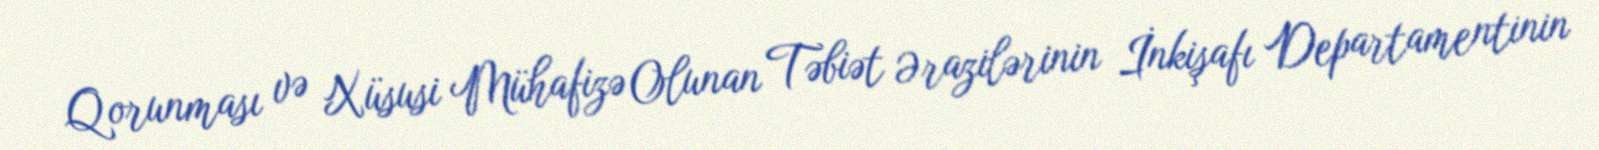
Qorunması və Xüsusi Mühafizə Olunan Təbiət Ərazilərinin İnkişafı Departamentinin